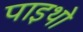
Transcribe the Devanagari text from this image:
पाइथो